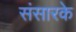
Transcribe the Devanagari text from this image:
संसारके